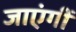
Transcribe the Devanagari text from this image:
जाएंगीं